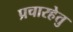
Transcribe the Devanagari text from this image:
प्रचारहेतु